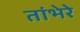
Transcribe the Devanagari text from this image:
तांभेरे